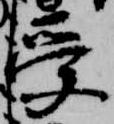
受